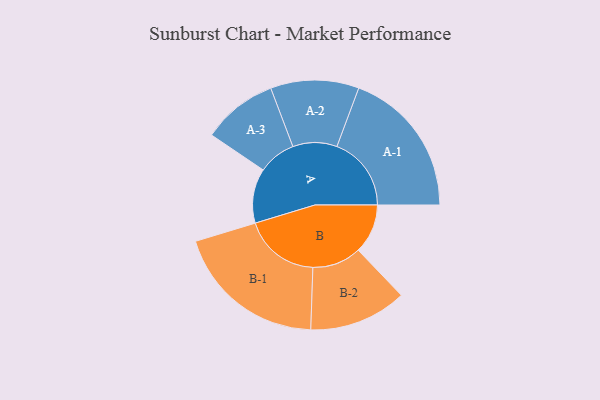
{"axis": {"x": "Segment", "y": "Value"}, "legend": ["", "A", "B"], "data": [{"x": "A", "y": 184, "type": ""}, {"x": "B", "y": 167, "type": ""}, {"x": "A-1", "y": 251, "type": "A"}, {"x": "A-2", "y": 149, "type": "A"}, {"x": "A-3", "y": 127, "type": "A"}, {"x": "B-1", "y": 257, "type": "B"}, {"x": "B-2", "y": 165, "type": "B"}]}